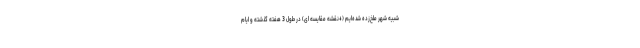
شبیه شهر ملخ‌زده شده‌ایم (+نقشه مقایسه ای) در طول 3 هفته گذشته و ایام